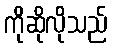
ကိုဆိုလိုသည်